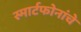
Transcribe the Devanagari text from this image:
स्मार्टफोनांचे